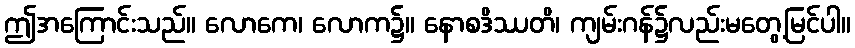
ဤအကြောင်းသည်။ လောကေ၊ လောက၌။ နောစဒိဿတိ၊ ကျမ်းဂန်၌လည်းမတွေ့မြင်ပါ။